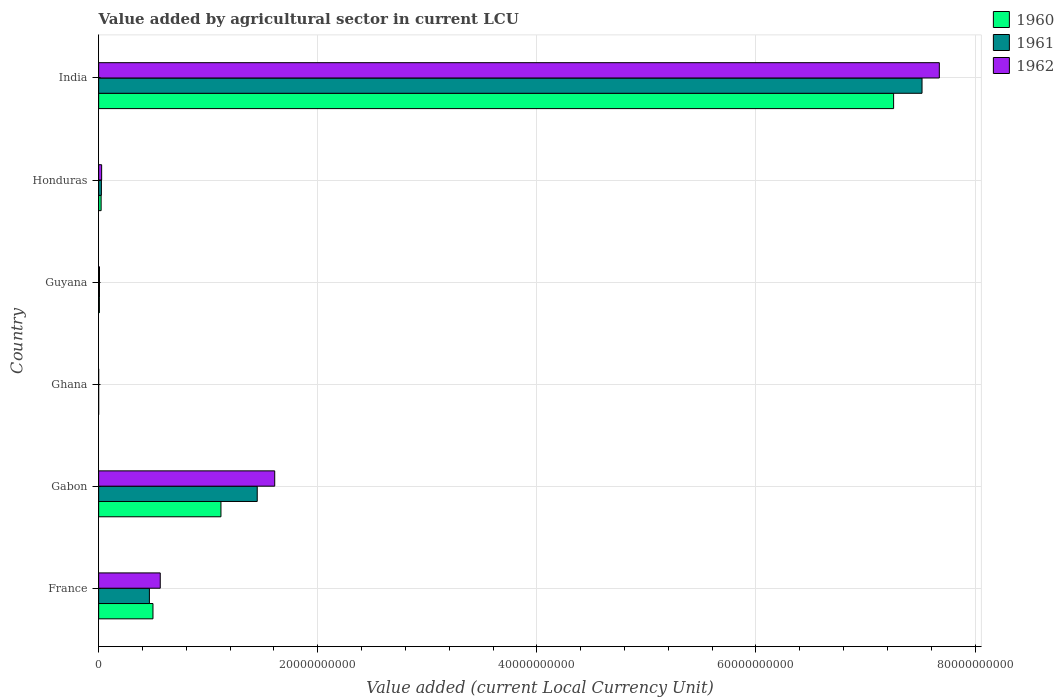
| Country | 1960 | 1961 | 1962 |
 | --- | --- | --- | --- |
 | France | 4.96e+09 | 4.63e+09 | 5.62e+09 |
 | Gabon | 1.12e+10 | 1.45e+10 | 1.61e+10 |
 | Ghana | 3.55e+04 | 3.29e+04 | 3.74e+04 |
 | Guyana | 6.88e+07 | 7.6e+07 | 7.84e+07 |
 | Honduras | 2.27e+08 | 2.51e+08 | 2.74e+08 |
 | India | 7.26e+10 | 7.52e+10 | 7.67e+10 |